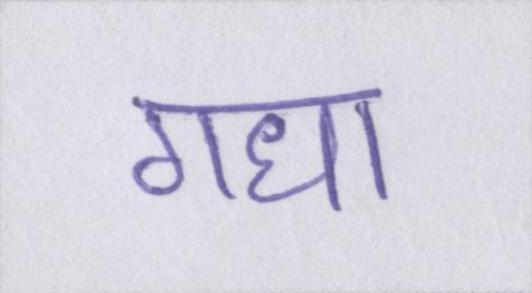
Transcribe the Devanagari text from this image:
गधा